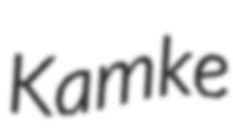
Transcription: Kamke